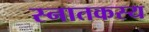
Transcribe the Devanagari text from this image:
स्नातकस्य